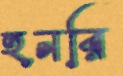
হুনরি